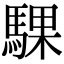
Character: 騍